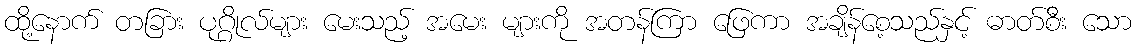
ထို့နောက် တခြား ပုဂ္ဂိုလ်များ မေးသည့် အမေး များကို အတန်ကြာ ဖြေကာ အချိန်စေ့သည်နှင့် ဓာတ်စီး သော